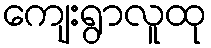
ကျေးရွာလူထု